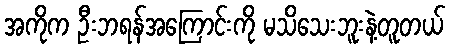
အကိုက ဦးဘရန်အကြောင်းကို မသိသေးဘူးနဲ့တူတယ်